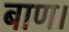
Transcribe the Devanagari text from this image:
बाण।